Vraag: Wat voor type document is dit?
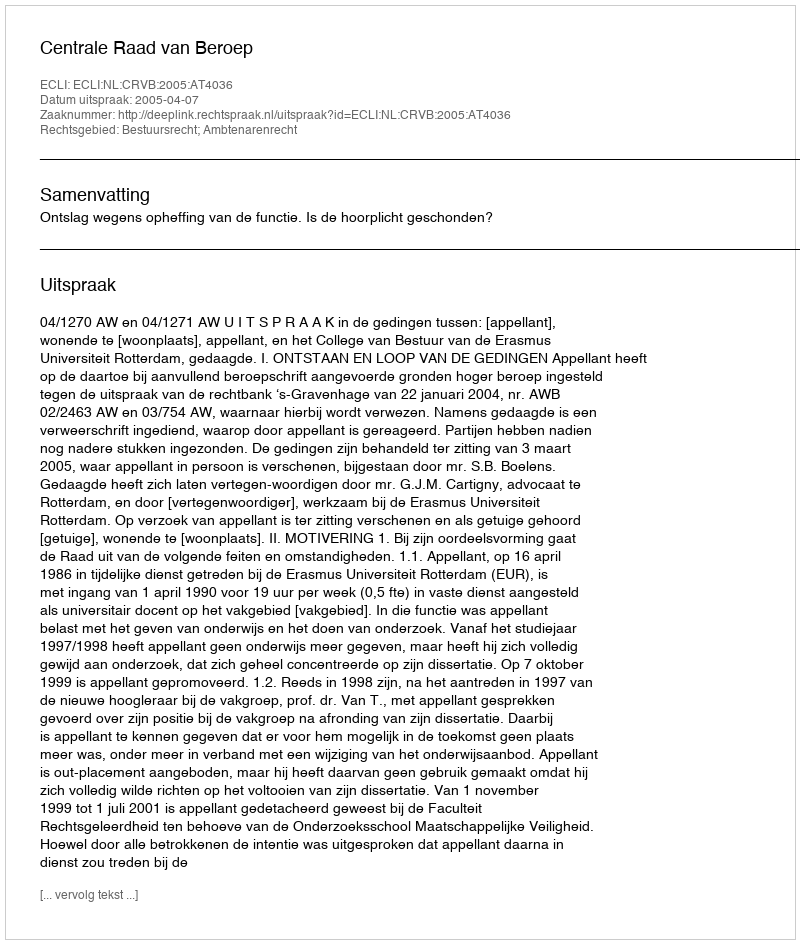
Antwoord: Uitspraak